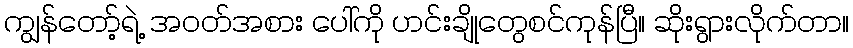
ကျွန်တော့်ရဲ့ အဝတ်အစား ပေါ်ကို ဟင်းချိုတွေစင်ကုန်ပြီ။ ဆိုးရွားလိုက်တာ။